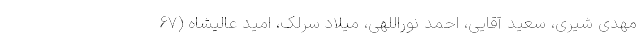
مهدی شیری، سعید آقایی، احمد نوراللهی، میلاد سرلک، امید عالیشاه (67